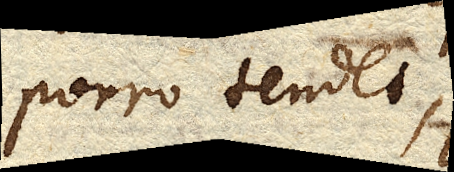
porro tendet,